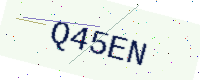
Text: Q45EN